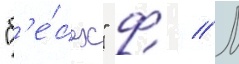
"б'е́сах" ф // М